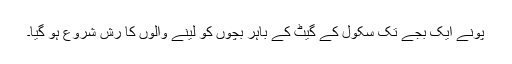
پونے ایک بجے تک سکول کے گیٹ کے باہر بچوں کو لینے والوں کا رش شروع ہو گیا۔